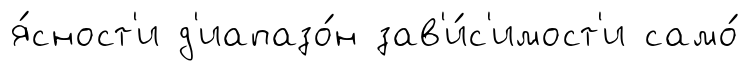
я́сност'и д'иапазо́н зав'и́с'имост'и само́